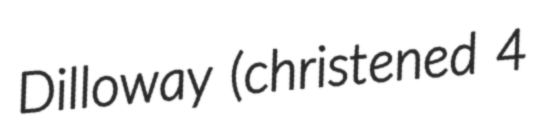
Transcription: Dilloway (christened 4